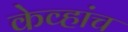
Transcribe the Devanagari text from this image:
केव्हांच